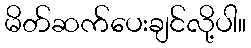
မိတ်ဆက်ပေးချင်လို့ပါ။